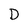
Character: D